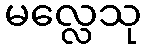
မလ္လေသု